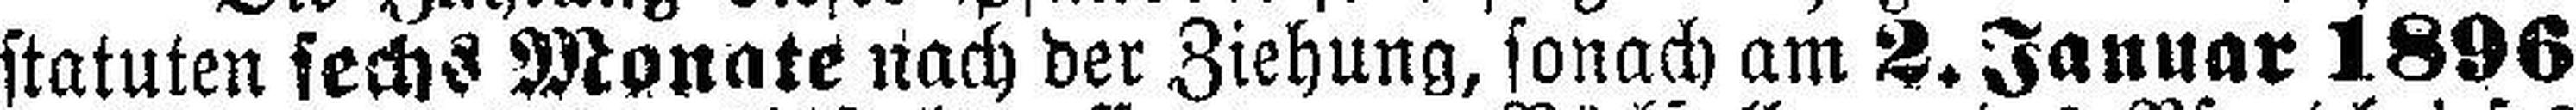
statuten sechs Monate nach der Ziehung, sonach am 2. Januar 1896